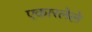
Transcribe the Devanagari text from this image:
एकारलेले